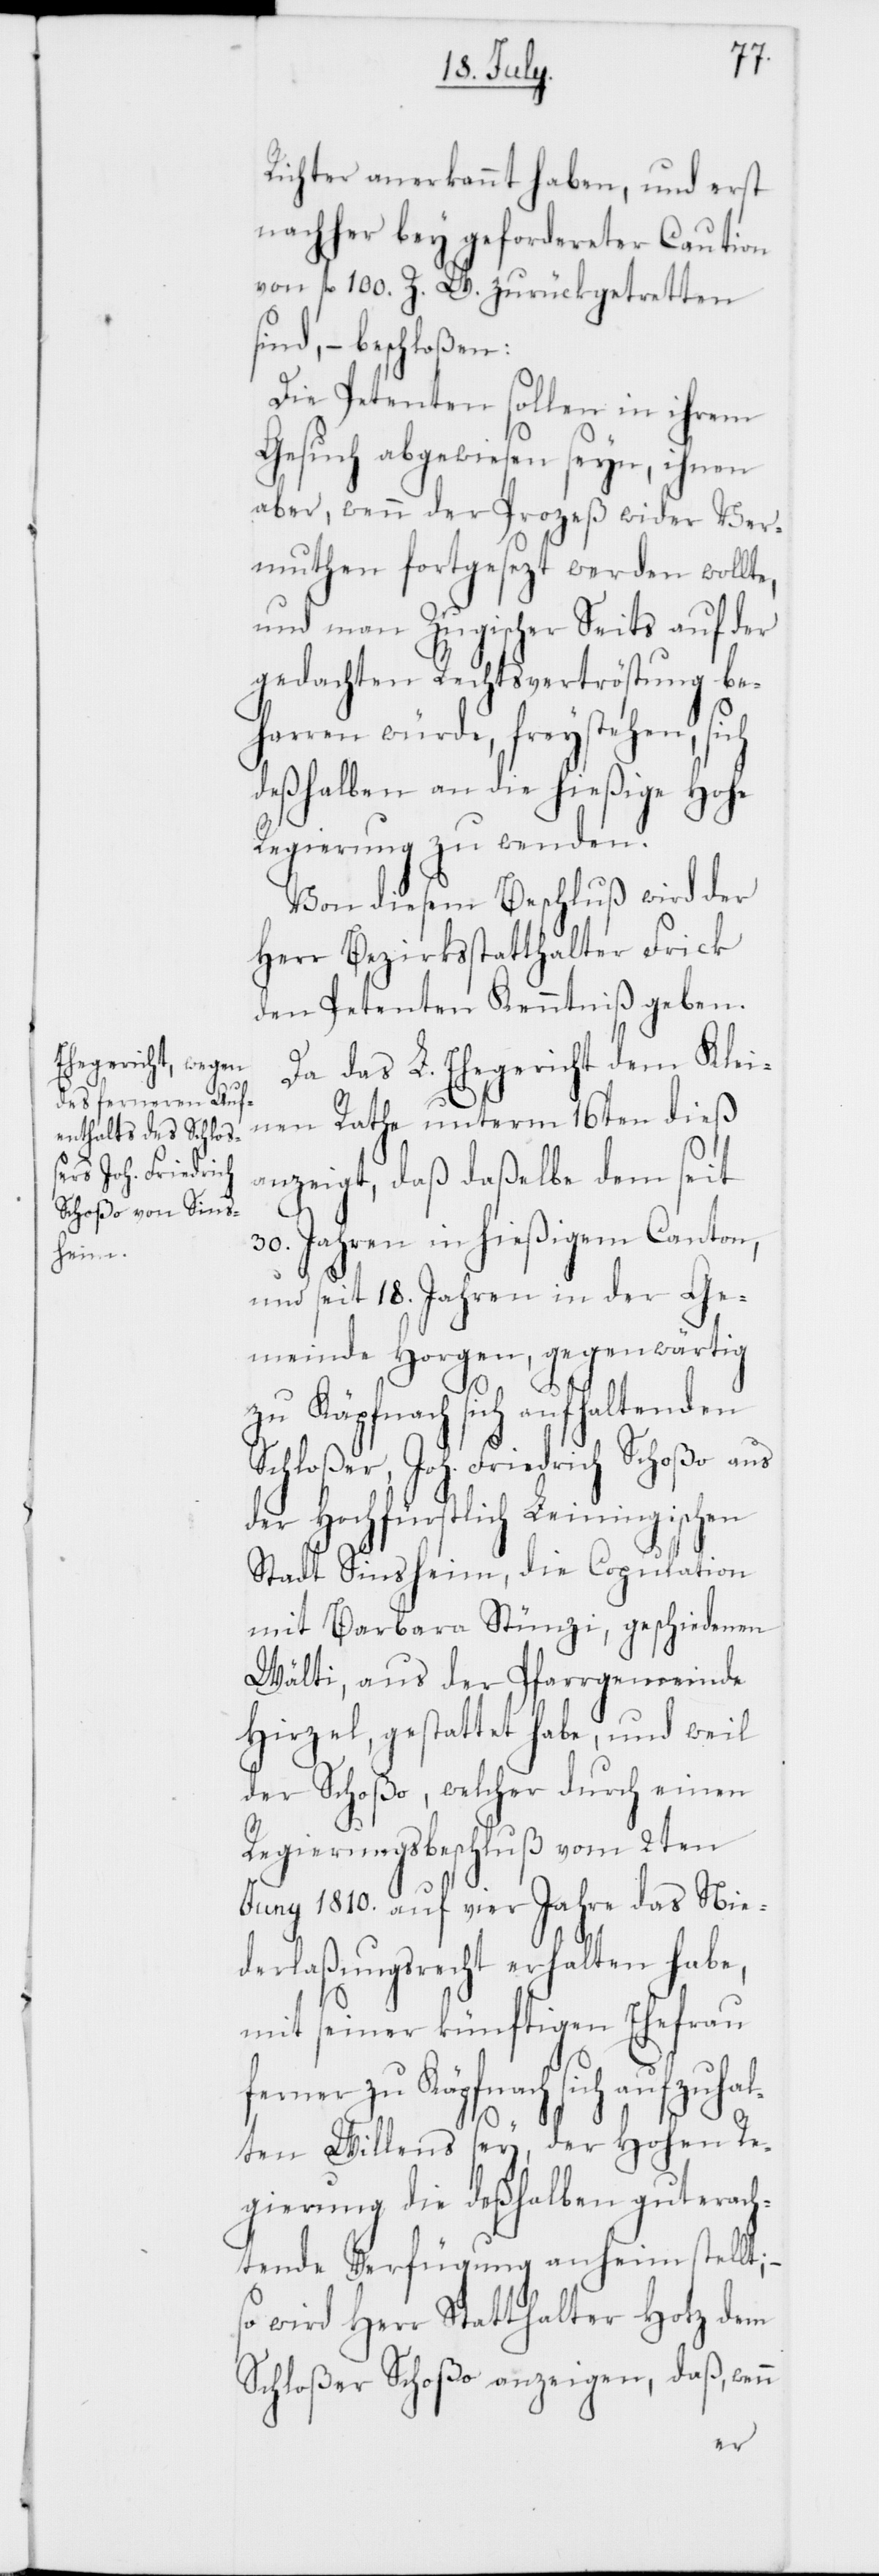
Richter anerkannt haben, und erst
nachher bey gefordereter Caution
von fl. 100. Z. W. zurückgetretten
sind, – beschloßen:
Die Petenten sollen in ihrem
Gesuch abgewiesen seyn, ihnen
aber, wenn der Prozeß wider Ver¬
muthen fortgesezt werden wollt¬
und man Zugischer Seits auf der
gedachten Rechtsvertröstung be¬
harren würde, freystehen, sich
deßhalben an die hießige Hohe
Regierung zu wenden.
Von diesem Beschluß wird der
Herr Bezirksstatthalter Frick
den Petenten Kenntniß geben.
Da das L. Ehegericht dem Klei¬
nen Rathe unterm 16ten dieß
anzeigt, daß daßelbe dem seit
30. Jahren in hießigem Canton,
und seit 18. Jahren in der Ge¬
meinde Horgen, gegenwärtig
zu Käpfnach sich aufhaltenden
Schloßer, Joh. Friedrich Schoßo aus
der Hochfürstlich Leiningischen
Stadt Sinsheim, die Copulation
mit Barbara Stünzi, geschiedenen
Wälti, aus der Pfarrgemeinde
Hirzel, gestattet habe, und weil
der Schoßo, welcher durch einen
Regierungsbeschluß vom 2ten
Juny 1810. auf vier Jahre das Nie¬
derlaßungsrecht erhalten habe,
mit seiner künftigen Ehefrau
ferner zu Käpfnach sich aufzuhal¬
n
ten Willens sey, der Hohen Re¬
gierung die deßhalben gut erach¬
tende Verfügung anheim stellt;
so wird Herr Statthalter Hotz dem
Schloßer Schoßo anzeigen, daß, wen¬